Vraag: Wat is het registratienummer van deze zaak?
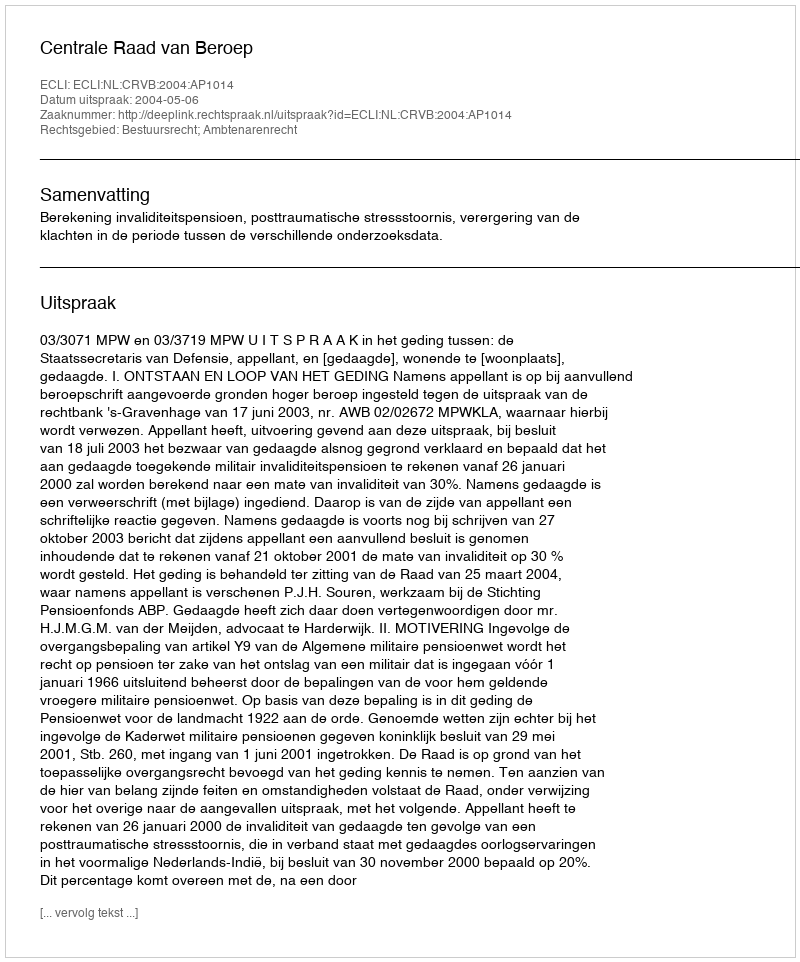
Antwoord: http://deeplink.rechtspraak.nl/uitspraak?id=ECLI:NL:CRVB:2004:AP1014